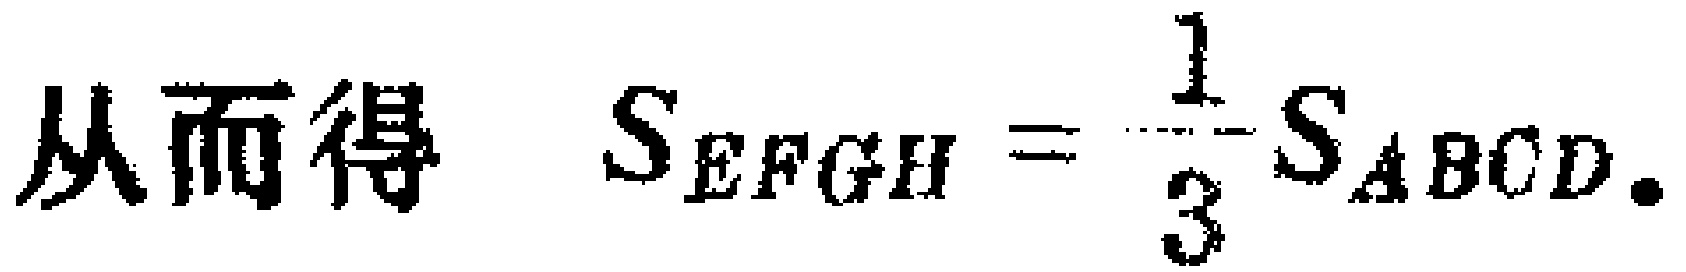
从而得 \(S_{EFGH}=\frac{1}{3}S_{ABCD}\).